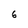
Character: 6